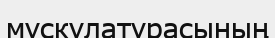
мускулатурасының